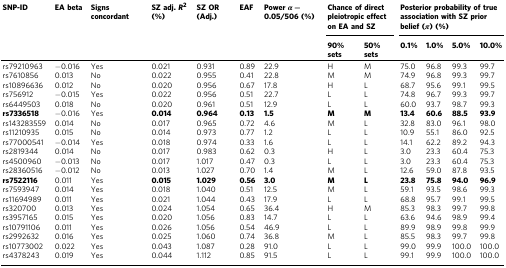
<table><thead><tr><td rowspan="2"><b>SNP-ID</b></td><td rowspan="2"><b>EA beta</b></td><td rowspan="2"><b>Signs concordant</b></td><td rowspan="2"><b>SZ adj. <i>R</i><sup>2</sup> (%)</b></td><td rowspan="2"><b>SZ OR (Adj.)</b></td><td rowspan="2"><b>EAF</b></td><td rowspan="2"><b>Power <i>α</i> = 0.05/506 (%)</b></td><td colspan="2"><b>Chance of direct pleiotropic effect on EA and SZ</b></td><td colspan="4"><b>Posterior probability of true association with SZ prior belief (<i>π</i>) (%)</b></td></tr><tr><td><b>90% sets</b></td><td><b>50% sets</b></td><td><b>0.1%</b></td><td><b>1.0%</b></td><td><b>5.0%</b></td><td><b>10.0%</b></td></tr></thead><tbody><tr><td>rs79210963</td><td>−0.016</td><td>Yes</td><td>0.021</td><td>0.931</td><td>0.89</td><td>22.9</td><td>H</td><td>M</td><td>75.0</td><td>96.8</td><td>99.3</td><td>99.7</td></tr><tr><td>rs7610856</td><td>0.013</td><td>No</td><td>0.022</td><td>0.955</td><td>0.41</td><td>22.8</td><td>M</td><td>M</td><td>74.9</td><td>96.8</td><td>99.3</td><td>99.7</td></tr><tr><td>rs10896636</td><td>0.012</td><td>No</td><td>0.020</td><td>0.956</td><td>0.67</td><td>17.8</td><td>H</td><td>L</td><td>68.7</td><td>95.6</td><td>99.1</td><td>99.5</td></tr><tr><td>rs756912</td><td>−0.015</td><td>Yes</td><td>0.022</td><td>0.956</td><td>0.51</td><td>22.7</td><td>L</td><td>L</td><td>74.8</td><td>96.7</td><td>99.3</td><td>99.7</td></tr><tr><td>rs6449503</td><td>0.018</td><td>No</td><td>0.020</td><td>0.961</td><td>0.51</td><td>12.9</td><td>L</td><td>L</td><td>60.0</td><td>93.7</td><td>98.7</td><td>99.3</td></tr><tr><td><b>rs7336518</b></td><td>−0.016</td><td>Yes</td><td><b>0.014</b></td><td><b>0.964</b></td><td><b>0.13</b></td><td><b>1.5</b></td><td><b>M</b></td><td><b>M</b></td><td><b>13.4</b></td><td><b>60.6</b></td><td><b>88.5</b></td><td><b>93.9</b></td></tr><tr><td>rs143283559</td><td>0.014</td><td>No</td><td>0.017</td><td>0.965</td><td>0.72</td><td>4.6</td><td>M</td><td>L</td><td>32.8</td><td>83.0</td><td>96.1</td><td>98.0</td></tr><tr><td>rs11210935</td><td>0.015</td><td>No</td><td>0.014</td><td>0.973</td><td>0.77</td><td>1.2</td><td>L</td><td>L</td><td>10.9</td><td>55.1</td><td>86.0</td><td>92.5</td></tr><tr><td>rs77000541</td><td>−0.014</td><td>Yes</td><td>0.018</td><td>0.974</td><td>0.33</td><td>1.6</td><td>L</td><td>L</td><td>14.1</td><td>62.2</td><td>89.2</td><td>94.3</td></tr><tr><td>rs2819344</td><td>0.014</td><td>No</td><td>0.017</td><td>0.983</td><td>0.62</td><td>0.3</td><td>H</td><td>L</td><td>3.0</td><td>23.3</td><td>60.4</td><td>75.3</td></tr><tr><td>rs4500960</td><td>−0.013</td><td>No</td><td>0.017</td><td>1.017</td><td>0.47</td><td>0.3</td><td>L</td><td>L</td><td>3.0</td><td>23.3</td><td>60.4</td><td>75.3</td></tr><tr><td>rs28360516</td><td>−0.012</td><td>No</td><td>0.013</td><td>1.027</td><td>0.70</td><td>1.4</td><td>M</td><td>L</td><td>12.6</td><td>59.0</td><td>87.8</td><td>93.5</td></tr><tr><td><b>rs7522116</b></td><td>0.011</td><td>Yes</td><td><b>0.015</b></td><td><b>1.029</b></td><td><b>0.56</b></td><td><b>3.0</b></td><td><b>M</b></td><td><b>L</b></td><td><b>23.8</b></td><td><b>75.8</b></td><td><b>94.0</b></td><td><b>96.9</b></td></tr><tr><td>rs7593947</td><td>0.014</td><td>Yes</td><td>0.018</td><td>1.040</td><td>0.51</td><td>12.5</td><td>M</td><td>L</td><td>59.1</td><td>93.5</td><td>98.6</td><td>99.3</td></tr><tr><td>rs11694989</td><td>0.011</td><td>Yes</td><td>0.021</td><td>1.044</td><td>0.43</td><td>17.9</td><td>L</td><td>L</td><td>68.8</td><td>95.7</td><td>99.1</td><td>99.5</td></tr><tr><td>rs320700</td><td>0.013</td><td>Yes</td><td>0.024</td><td>1.054</td><td>0.65</td><td>36.4</td><td>H</td><td>M</td><td>85.3</td><td>98.3</td><td>99.7</td><td>99.8</td></tr><tr><td>rs3957165</td><td>0.015</td><td>Yes</td><td>0.020</td><td>1.056</td><td>0.83</td><td>14.7</td><td>L</td><td>L</td><td>63.6</td><td>94.6</td><td>98.9</td><td>99.4</td></tr><tr><td>rs10791106</td><td>0.011</td><td>Yes</td><td>0.026</td><td>1.056</td><td>0.54</td><td>46.9</td><td>L</td><td>L</td><td>89.9</td><td>98.9</td><td>99.8</td><td>99.9</td></tr><tr><td>rs2992632</td><td>0.016</td><td>Yes</td><td>0.025</td><td>1.060</td><td>0.74</td><td>36.8</td><td>M</td><td>L</td><td>85.5</td><td>98.3</td><td>99.7</td><td>99.8</td></tr><tr><td>rs10773002</td><td>0.022</td><td>Yes</td><td>0.043</td><td>1.087</td><td>0.28</td><td>91.0</td><td>L</td><td>L</td><td>99.0</td><td>99.9</td><td>100.0</td><td>100.0</td></tr><tr><td>rs4378243</td><td>0.019</td><td>Yes</td><td>0.044</td><td>1.112</td><td>0.85</td><td>91.5</td><td>L</td><td>L</td><td>99.1</td><td>99.9</td><td>100.0</td><td>100.0</td></tr></tbody></table>